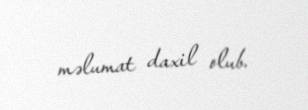
məlumat daxil olub.